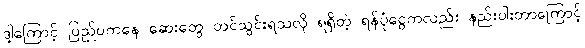
ဒါ့ကြောင့် ပြည်ပကနေ ဆေးတွေ တင်သွင်းရသလို ရရှိတဲ့ ရန်ပုံငွေကလည်း နည်းပါးတာကြောင့်